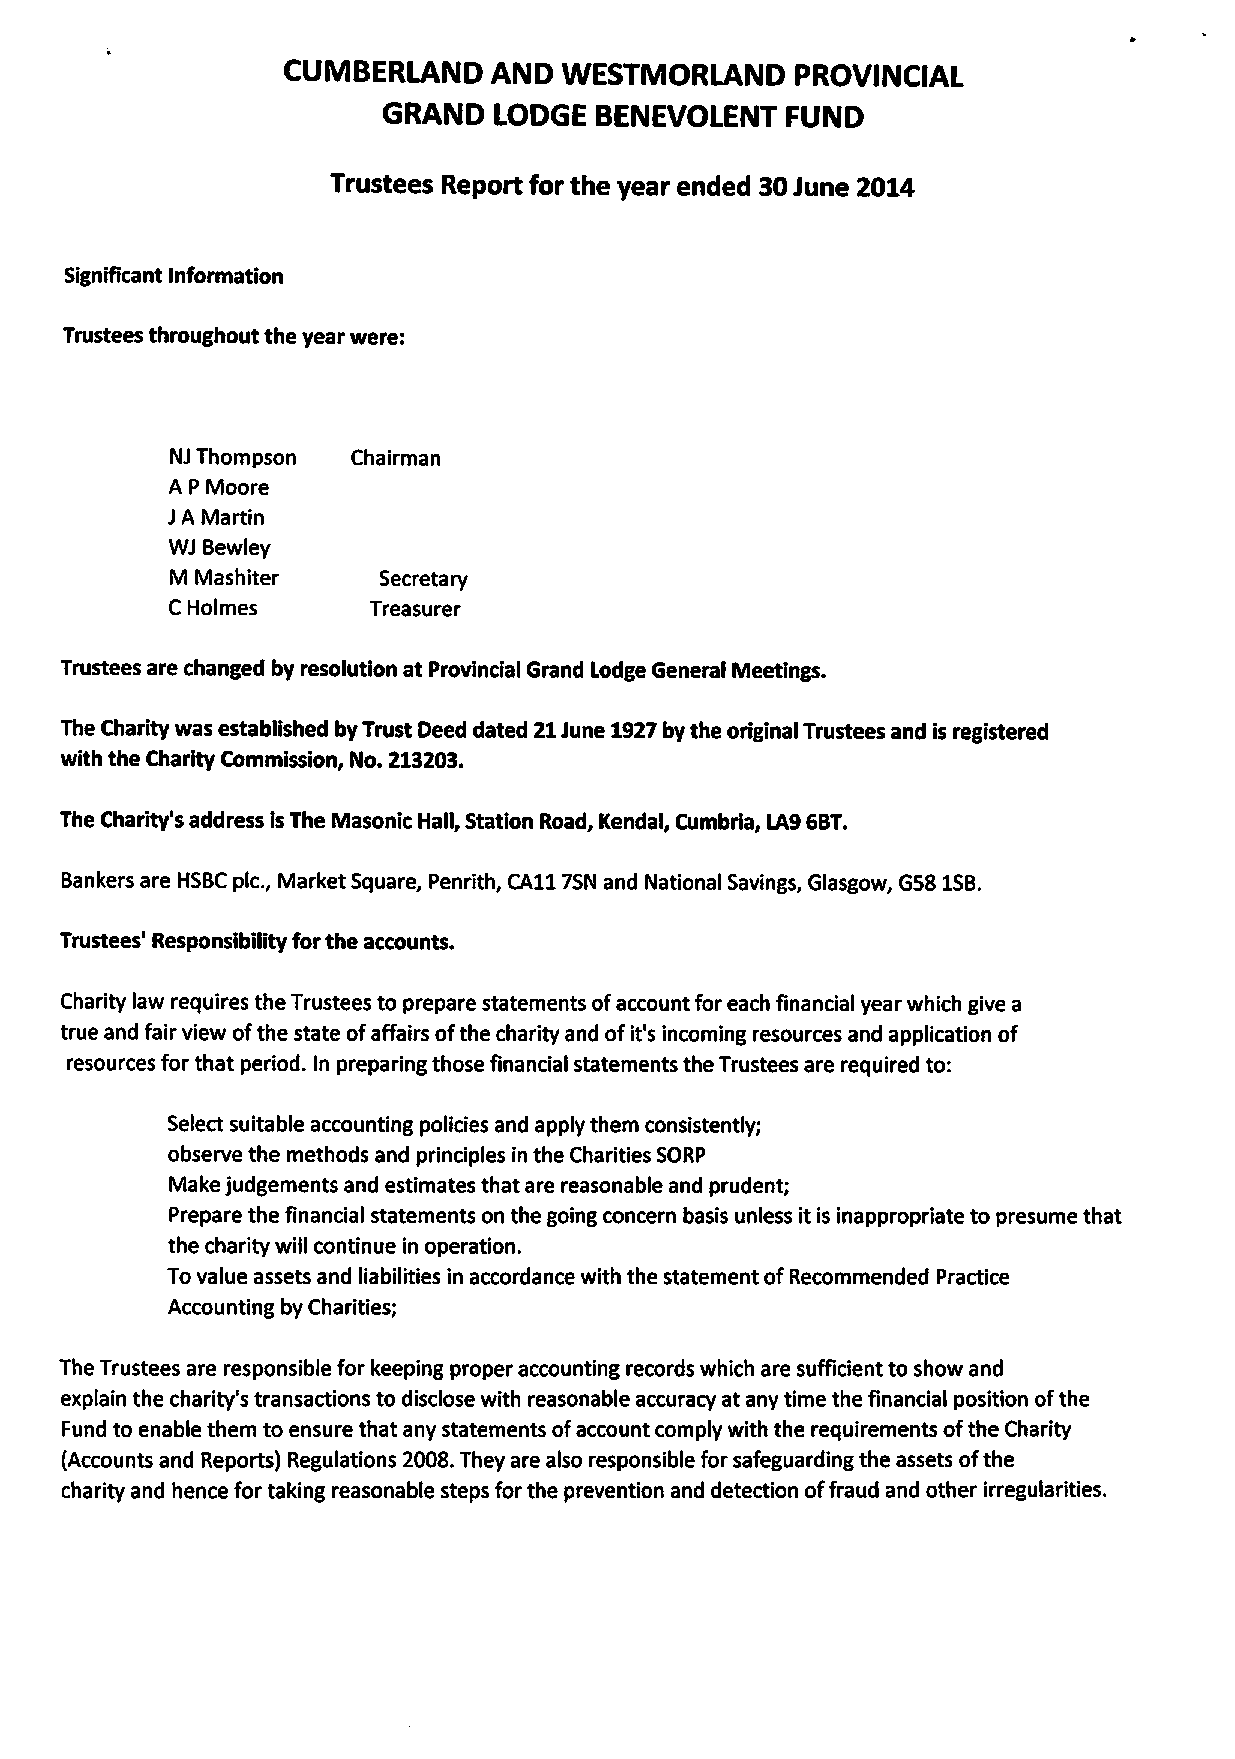
CUMBERLAND    AND WESTMORLAND     PROVINCIAL
 GRAND   LODGE BENEVOLENT   FUND
 Trustees Report for the year ended 30june 2014
 Significant Information
 Trustees throughout the year were:
 NJ Thompson Chairman
 A P Moore
 JA Martin
 WJ Bewley
 M Mashiter    Secretary
 C Holmes     Treasurer
 Trustees are changed by resolution at Provincial Grand Lodge General Meetings.
 The Charity was established by Trust Deed dated 21June 1927by the original Trustees and is registered
 with the Charity Commission, No. 213203.
 The Charity's address isThe Masonic Hall, Station Road, Kendal, Cumbria, LA96BT.
 Bankers are HSBCpic., Market Square, Penrith, CA117SN and National Savings, Glasgow, G58 1SB.
 Trustees' Responsibility for the accounts.
 Charity law requires the Trustees to prepare statements ofaccount for each financial year which give a
 true and fair view ofthe state ofaffairs ofthe charity and ofit's incoming resources and application of
 resources for that period. In preparing those financial statements the Trustees are required to:
 Select suitable accounting policies and apply them consistently;
 observe the methods and principles in the Charities SORP
 Make judgements and estimates that are reasonable and prudent;
 Prepare the financial statements on the going concern basis unless it is inappropriate to presume that
 the charity will continue in operation.
 Tovalue assets and liabilities in accordance with the statement ofRecommended Practice
 Accounting by Charities;
 The Trustees are responsible for keeping proper accounting records which are sufficient to show and
 explain the charity's transactions to disclose with reasonable accuracy at any time the financial position ofthe
 Fund to enable them to ensure that any statements ofaccount comply with the requirements ofthe Charity
 (Accounts and Reports) Regulations 2008.They are also responsible for safeguarding the assets ofthe
 charity and hence for taking reasonable steps for the prevention and detection offraud and other irregularities.